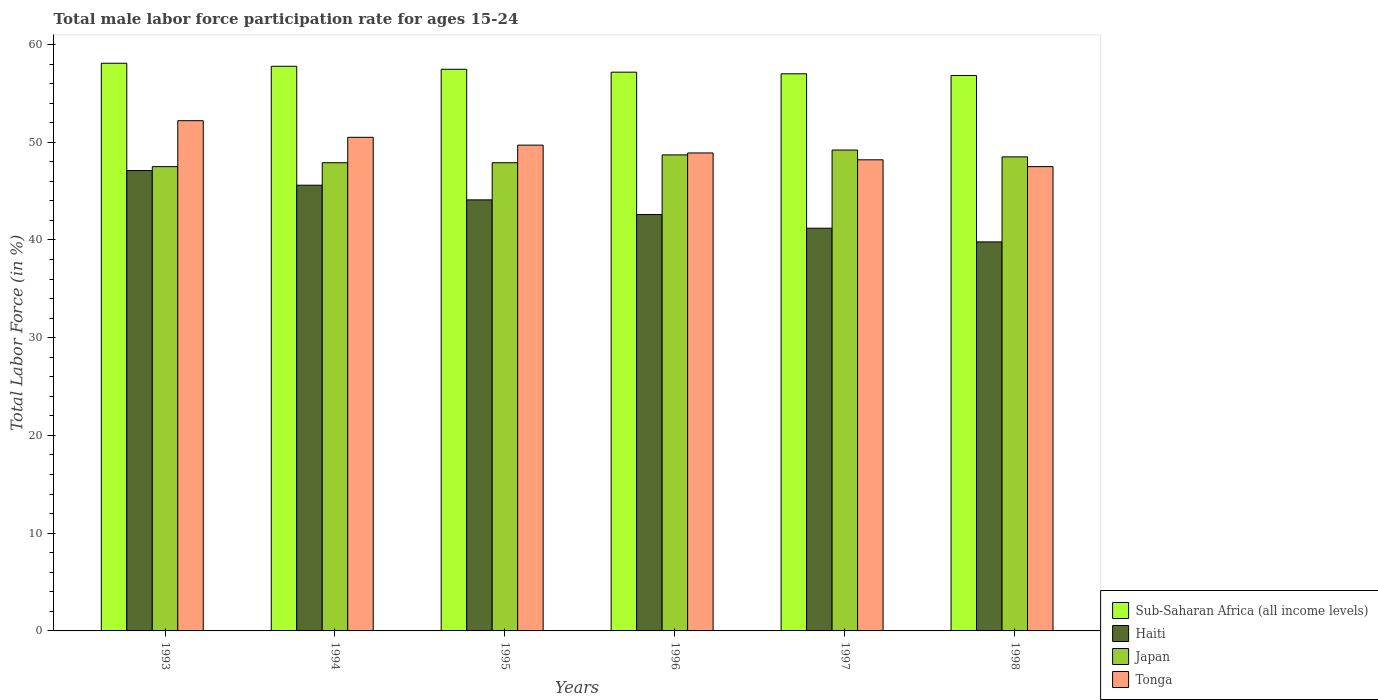
| Years | Sub-Saharan Africa (all income levels) | Haiti | Japan | Tonga |
 | --- | --- | --- | --- | --- |
 | 1993 | 58.1 | 47.1 | 47.5 | 52.2 |
 | 1994 | 57.8 | 45.6 | 47.9 | 50.5 |
 | 1995 | 57.5 | 44.1 | 47.9 | 49.7 |
 | 1996 | 57.2 | 42.6 | 48.7 | 48.9 |
 | 1997 | 57 | 41.2 | 49.2 | 48.2 |
 | 1998 | 56.8 | 39.8 | 48.5 | 47.5 |